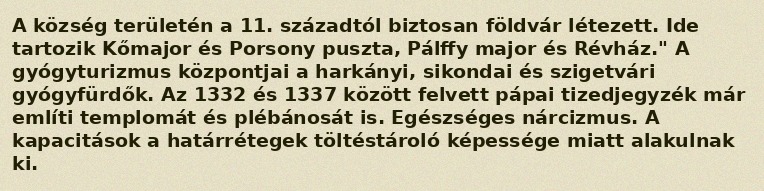
A község területén a 11. századtól biztosan földvár létezett. Ide tartozik Kőmajor és Porsony puszta, Pálffy major és Révház." A gyógyturizmus központjai a harkányi, sikondai és szigetvári gyógyfürdők. Az 1332 és 1337 között felvett pápai tizedjegyzék már említi templomát és plébánosát is. Egészséges nárcizmus. A kapacitások a határrétegek töltéstároló képessége miatt alakulnak ki.